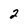
Character: 2